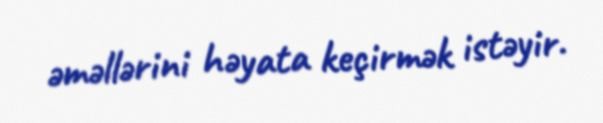
əməllərini həyata keçirmək istəyir.